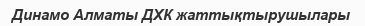
Динамо Алматы ДХК жаттықтырушылары